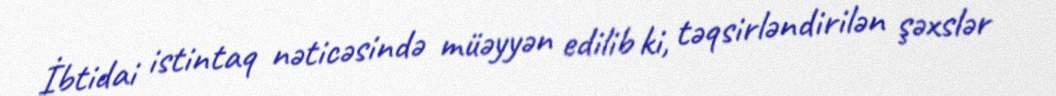
İbtidai istintaq nəticəsində müəyyən edilib ki, təqsirləndirilən şəxslər